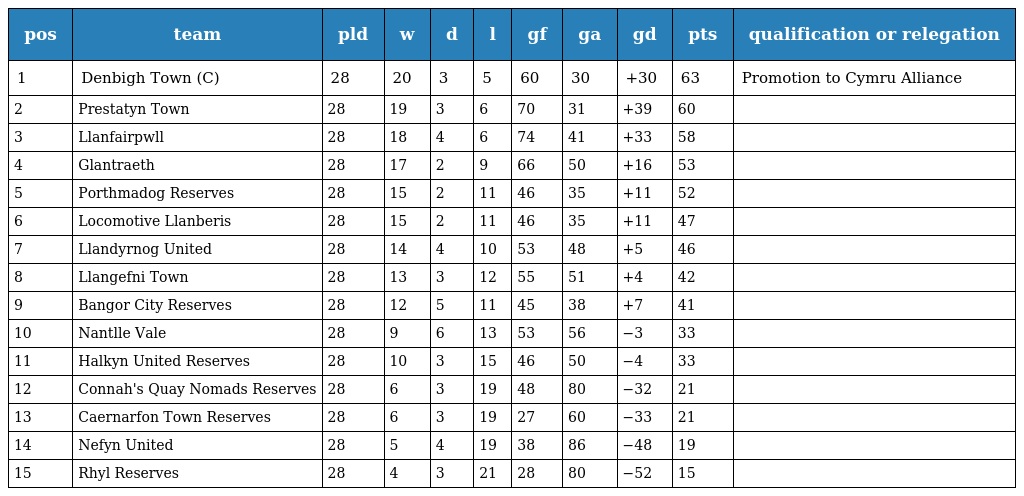
| pos | team | pld | w | d | l | gf | ga | gd | pts | qualification or relegation |
 | --- | --- | --- | --- | --- | --- | --- | --- | --- | --- | --- |
 | 1 | Denbigh Town (C) | 28 | 20 | 3 | 5 | 60 | 30 | +30 | 63 | Promotion to Cymru Alliance |
 | 2 | Prestatyn Town | 28 | 19 | 3 | 6 | 70 | 31 | +39 | 60 |  |
 | 3 | Llanfairpwll | 28 | 18 | 4 | 6 | 74 | 41 | +33 | 58 |  |
 | 4 | Glantraeth | 28 | 17 | 2 | 9 | 66 | 50 | +16 | 53 |  |
 | 5 | Porthmadog Reserves | 28 | 15 | 2 | 11 | 46 | 35 | +11 | 52 |  |
 | 6 | Locomotive Llanberis | 28 | 15 | 2 | 11 | 46 | 35 | +11 | 47 |  |
 | 7 | Llandyrnog United | 28 | 14 | 4 | 10 | 53 | 48 | +5 | 46 |  |
 | 8 | Llangefni Town | 28 | 13 | 3 | 12 | 55 | 51 | +4 | 42 |  |
 | 9 | Bangor City Reserves | 28 | 12 | 5 | 11 | 45 | 38 | +7 | 41 |  |
 | 10 | Nantlle Vale | 28 | 9 | 6 | 13 | 53 | 56 | −3 | 33 |  |
 | 11 | Halkyn United Reserves | 28 | 10 | 3 | 15 | 46 | 50 | −4 | 33 |  |
 | 12 | Connah's Quay Nomads Reserves | 28 | 6 | 3 | 19 | 48 | 80 | −32 | 21 |  |
 | 13 | Caernarfon Town Reserves | 28 | 6 | 3 | 19 | 27 | 60 | −33 | 21 |  |
 | 14 | Nefyn United | 28 | 5 | 4 | 19 | 38 | 86 | −48 | 19 |  |
 | 15 | Rhyl Reserves | 28 | 4 | 3 | 21 | 28 | 80 | −52 | 15 |  |